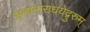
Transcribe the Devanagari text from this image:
सत्यमाराधयेद्गुरुम्